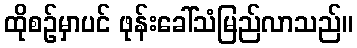
ထိုစဉ်မှာပင် ဖုန်းခေါ်သံမြည်လာသည်။